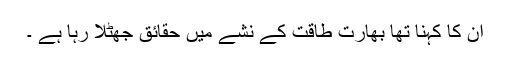
ان کا کہنا تھا بھارت طاقت کے نشے میں حقائق جھٹلا رہا ہے ۔